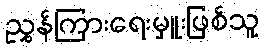
ညွှန်ကြားရေးမှူးဖြစ်သူ